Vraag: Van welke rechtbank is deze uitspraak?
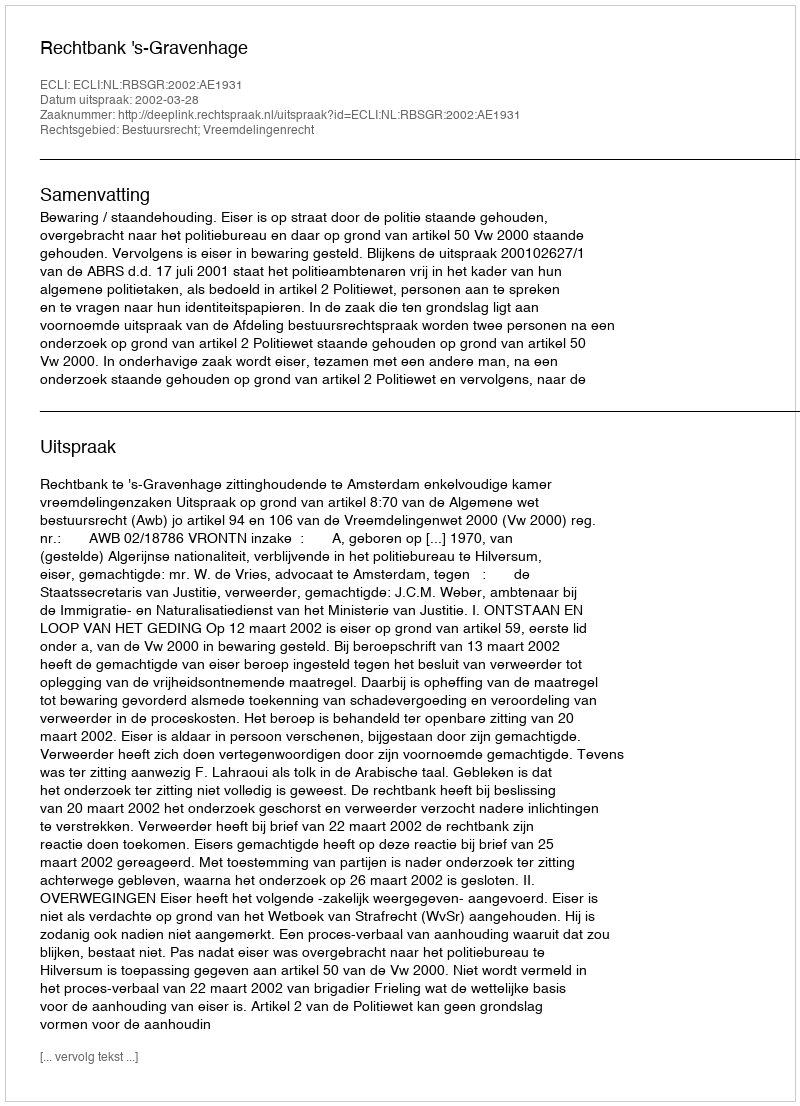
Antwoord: Rechtbank 's-Gravenhage